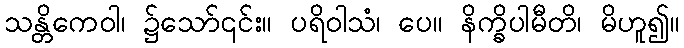
သန္တိကေဝါ၊ ၌သော်၎င်း။ ပရိဝါသံ၊ ပေ။ နိက္ခိပါမီတိ၊ မိဟူ၍။